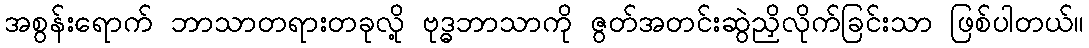
အစွန်းရောက် ဘာသာတရားတခုလို့ ဗုဒ္ဓဘာသာကို ဇွတ်အတင်းဆွဲညှိလိုက်ခြင်းသာ ဖြစ်ပါတယ်။